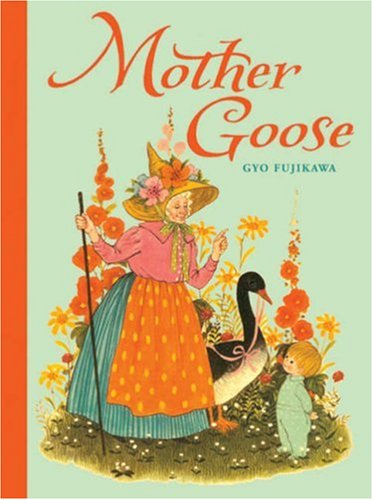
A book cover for Mother Goose; Children's Books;